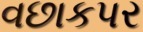
વછાકપર